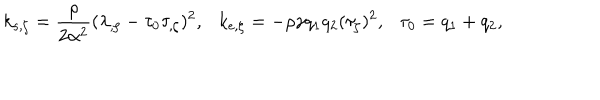
LaTeX: k _ { s , \zeta } = { \frac { \rho } { 2 \alpha ^ { 2 } } } ( \lambda _ { , \zeta } - \tau _ { 0 } \tau _ { , \zeta } ) ^ { 2 } , \ \ \ k _ { e , \zeta } = - \rho \gamma q _ { 1 } q _ { 2 } ( \tau _ { \zeta } ) ^ { 2 } , \ \ \ \tau _ { 0 } = q _ { 1 } + q _ { 2 } ,